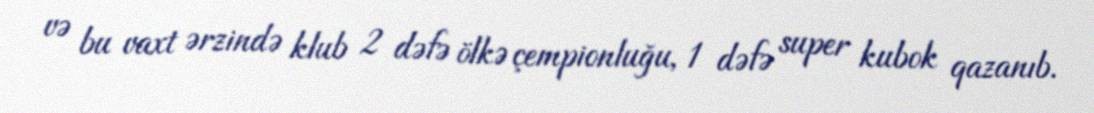
və bu vaxt ərzində klub 2 dəfə ölkə çempionluğu, 1 dəfə super kubok qazanıb.